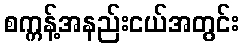
စက္ကန့်အနည်းငယ်အတွင်း